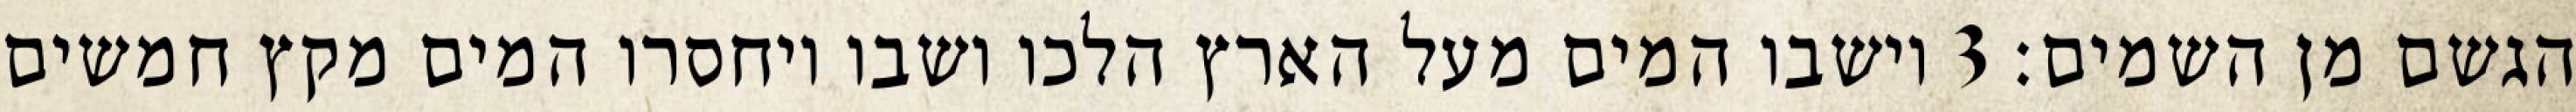
הגשם מן השמים׃ ‎3‏ וישבו המים מעל הארץ הלכו ושבו ויחסרו המים מקץ חמשים